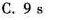
C.9s